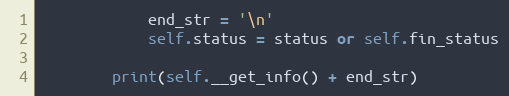
Language: Python
            end_str = '\n'
            self.status = status or self.fin_status

        print(self.__get_info() + end_str)